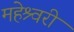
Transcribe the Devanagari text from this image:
महेश्र्वरी